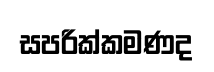
සපරික්කමණද